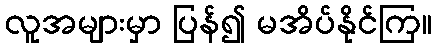
လူအများမှာ ပြန်၍ မအိပ်နိုင်ကြ။